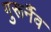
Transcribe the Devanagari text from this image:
गुरूर्नैव